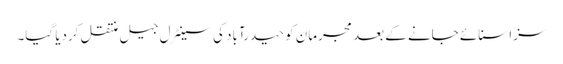
سزا سنائے جانے کے بعد مجرمان کو حیدرآباد کی سینٹرل جیل منتقل کردیا گیا۔